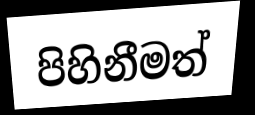
පිහිනීමත්